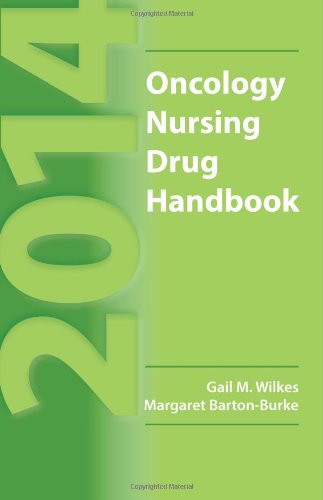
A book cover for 2014 Oncology Nursing Drug Handbook; Gail M. Wilkes; Medical Books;